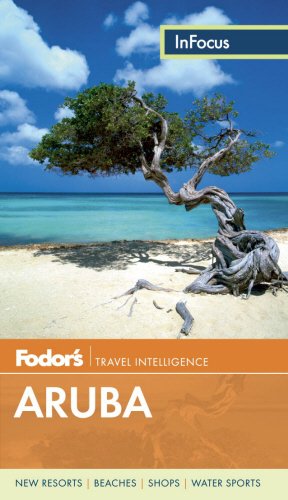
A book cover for Fodor's In Focus Aruba (Full-color Travel Guide); Fodor's; Travel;